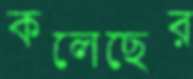
কলেছের